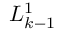
L _ { k - 1 } ^ { 1 }